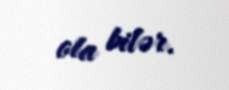
ola bilər.